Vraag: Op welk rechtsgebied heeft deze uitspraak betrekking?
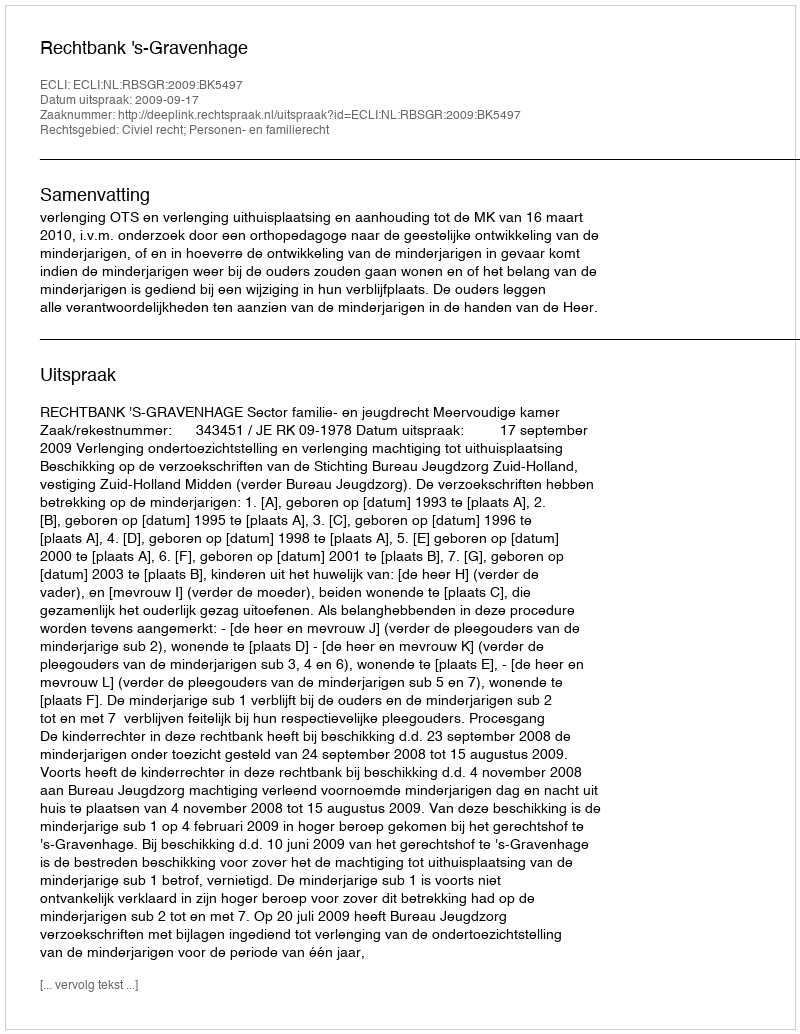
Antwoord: Civiel recht; Personen- en familierecht